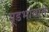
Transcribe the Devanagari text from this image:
सूडभावाने